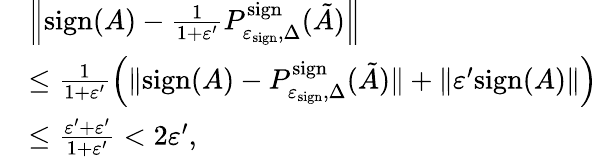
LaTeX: \begin{array}{rl}&{\left\| \mathrm{sign}(A)-\frac{1}{1+\varepsilon^{\prime}}P_{\varepsilon_{\mathrm{sign}},\Delta}^{\mathrm{sign}}(\tilde{A})\right\| }\\ &{\leq\frac{1}{1+\varepsilon^{\prime}}\left(\| \mathrm{sign}(A)-P_{\varepsilon_{\mathrm{sign}},\Delta}^{\mathrm{sign}}(\tilde{A})\| +\| \varepsilon^{\prime}\mathrm{sign}(A)\| \right)}\\ &{\leq\frac{\varepsilon^{\prime}+\varepsilon^{\prime}}{1+\varepsilon^{\prime}}<2\varepsilon^{\prime},}\end{array}